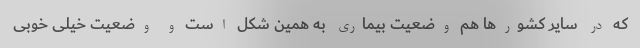
که در سایر کشورها هم وضعیت بیماری به همین شکل است و وضعیت خیلی خوبی